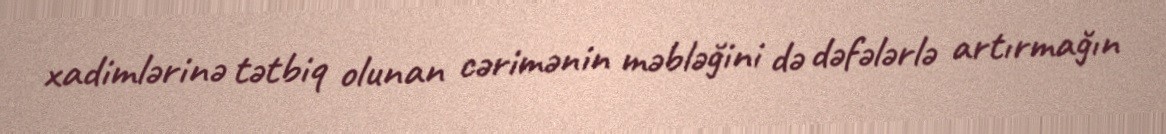
xadimlərinə tətbiq olunan cərimənin məbləğini də dəfələrlə artırmağın